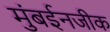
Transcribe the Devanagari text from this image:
मुंबईनजीक